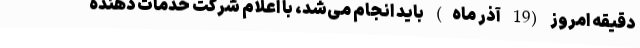
دقیقه امروز (19 آذر ماه) باید انجام می‌شد، با اعلام شرکت خدمات دهنده